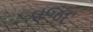
વજદ